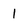
Character: 1